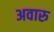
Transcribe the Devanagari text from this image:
अवारु